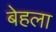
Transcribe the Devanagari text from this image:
बेहला